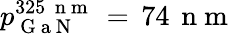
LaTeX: p_{\mathrm{~G~a~N~}}^{325\, \mathrm{~n~m~}}\, =\, 74\, \mathrm{~n~m~}